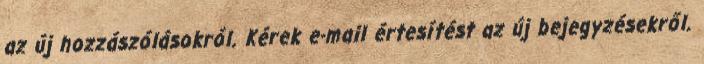
az új hozzászólásokról. Kérek e-mail értesítést az új bejegyzésekről.